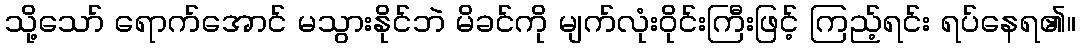
သို့သော် ရောက်အောင် မသွားနိုင်ဘဲ မိခင်ကို မျက်လုံးဝိုင်းကြီးဖြင့် ကြည့်ရင်း ရပ်နေရ၏။